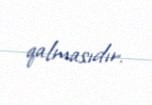
qalmasıdır.